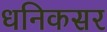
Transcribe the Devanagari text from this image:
धनिकसर